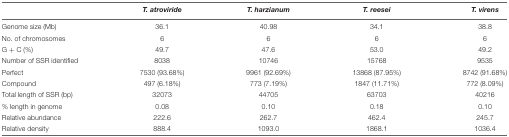
|  | T. atroviride | T. harzianum | T. reesei | T. virens |
 | --- | --- | --- | --- | --- |
 | Genome size (Mb) | 36.1 | 40.98 | 34.1 | 38.8 |
 | No. of chromosomes | 6 | 6 | 6 | 6 |
 | G + C (%) | 49.7 | 47.6 | 53.0 | 49.2 |
 | Number of SSR identified | 8038 | 10746 | 15768 | 9535 |
 | Perfect | 7530 (93.68%) | 9961 (92.69%) | 13868 (87.95%) | 8742 (91.68%) |
 | Compound | 497 (6.18%) | 773 (7.19%) | 1847 (11.71%) | 772 (8.09%) |
 | Total length of SSR (bp) | 32073 | 44705 | 63703 | 40216 |
 | % length in genome | 0.08 | 0.10 | 0.18 | 0.10 |
 | Relative abundance | 222.6 | 262.7 | 462.4 | 245.7 |
 | Relative density | 888.4 | 1093.0 | 1868.1 | 1036.4 |